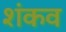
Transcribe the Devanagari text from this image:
शंकव